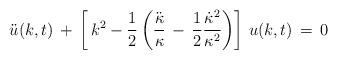
LaTeX: \begin{align*}\ddot{u}(k,t) \, + \, \left [ \, k^2 - {1 \over 2} \left ( {\ddot{\kappa} \over \kappa} \, - \, {1\over 2} {\dot{\kappa}^2 \over \kappa^2} \right )\right ] \, u(k,t) \, = \, 0\end{align*}